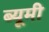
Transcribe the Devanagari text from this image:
ब्यूमी